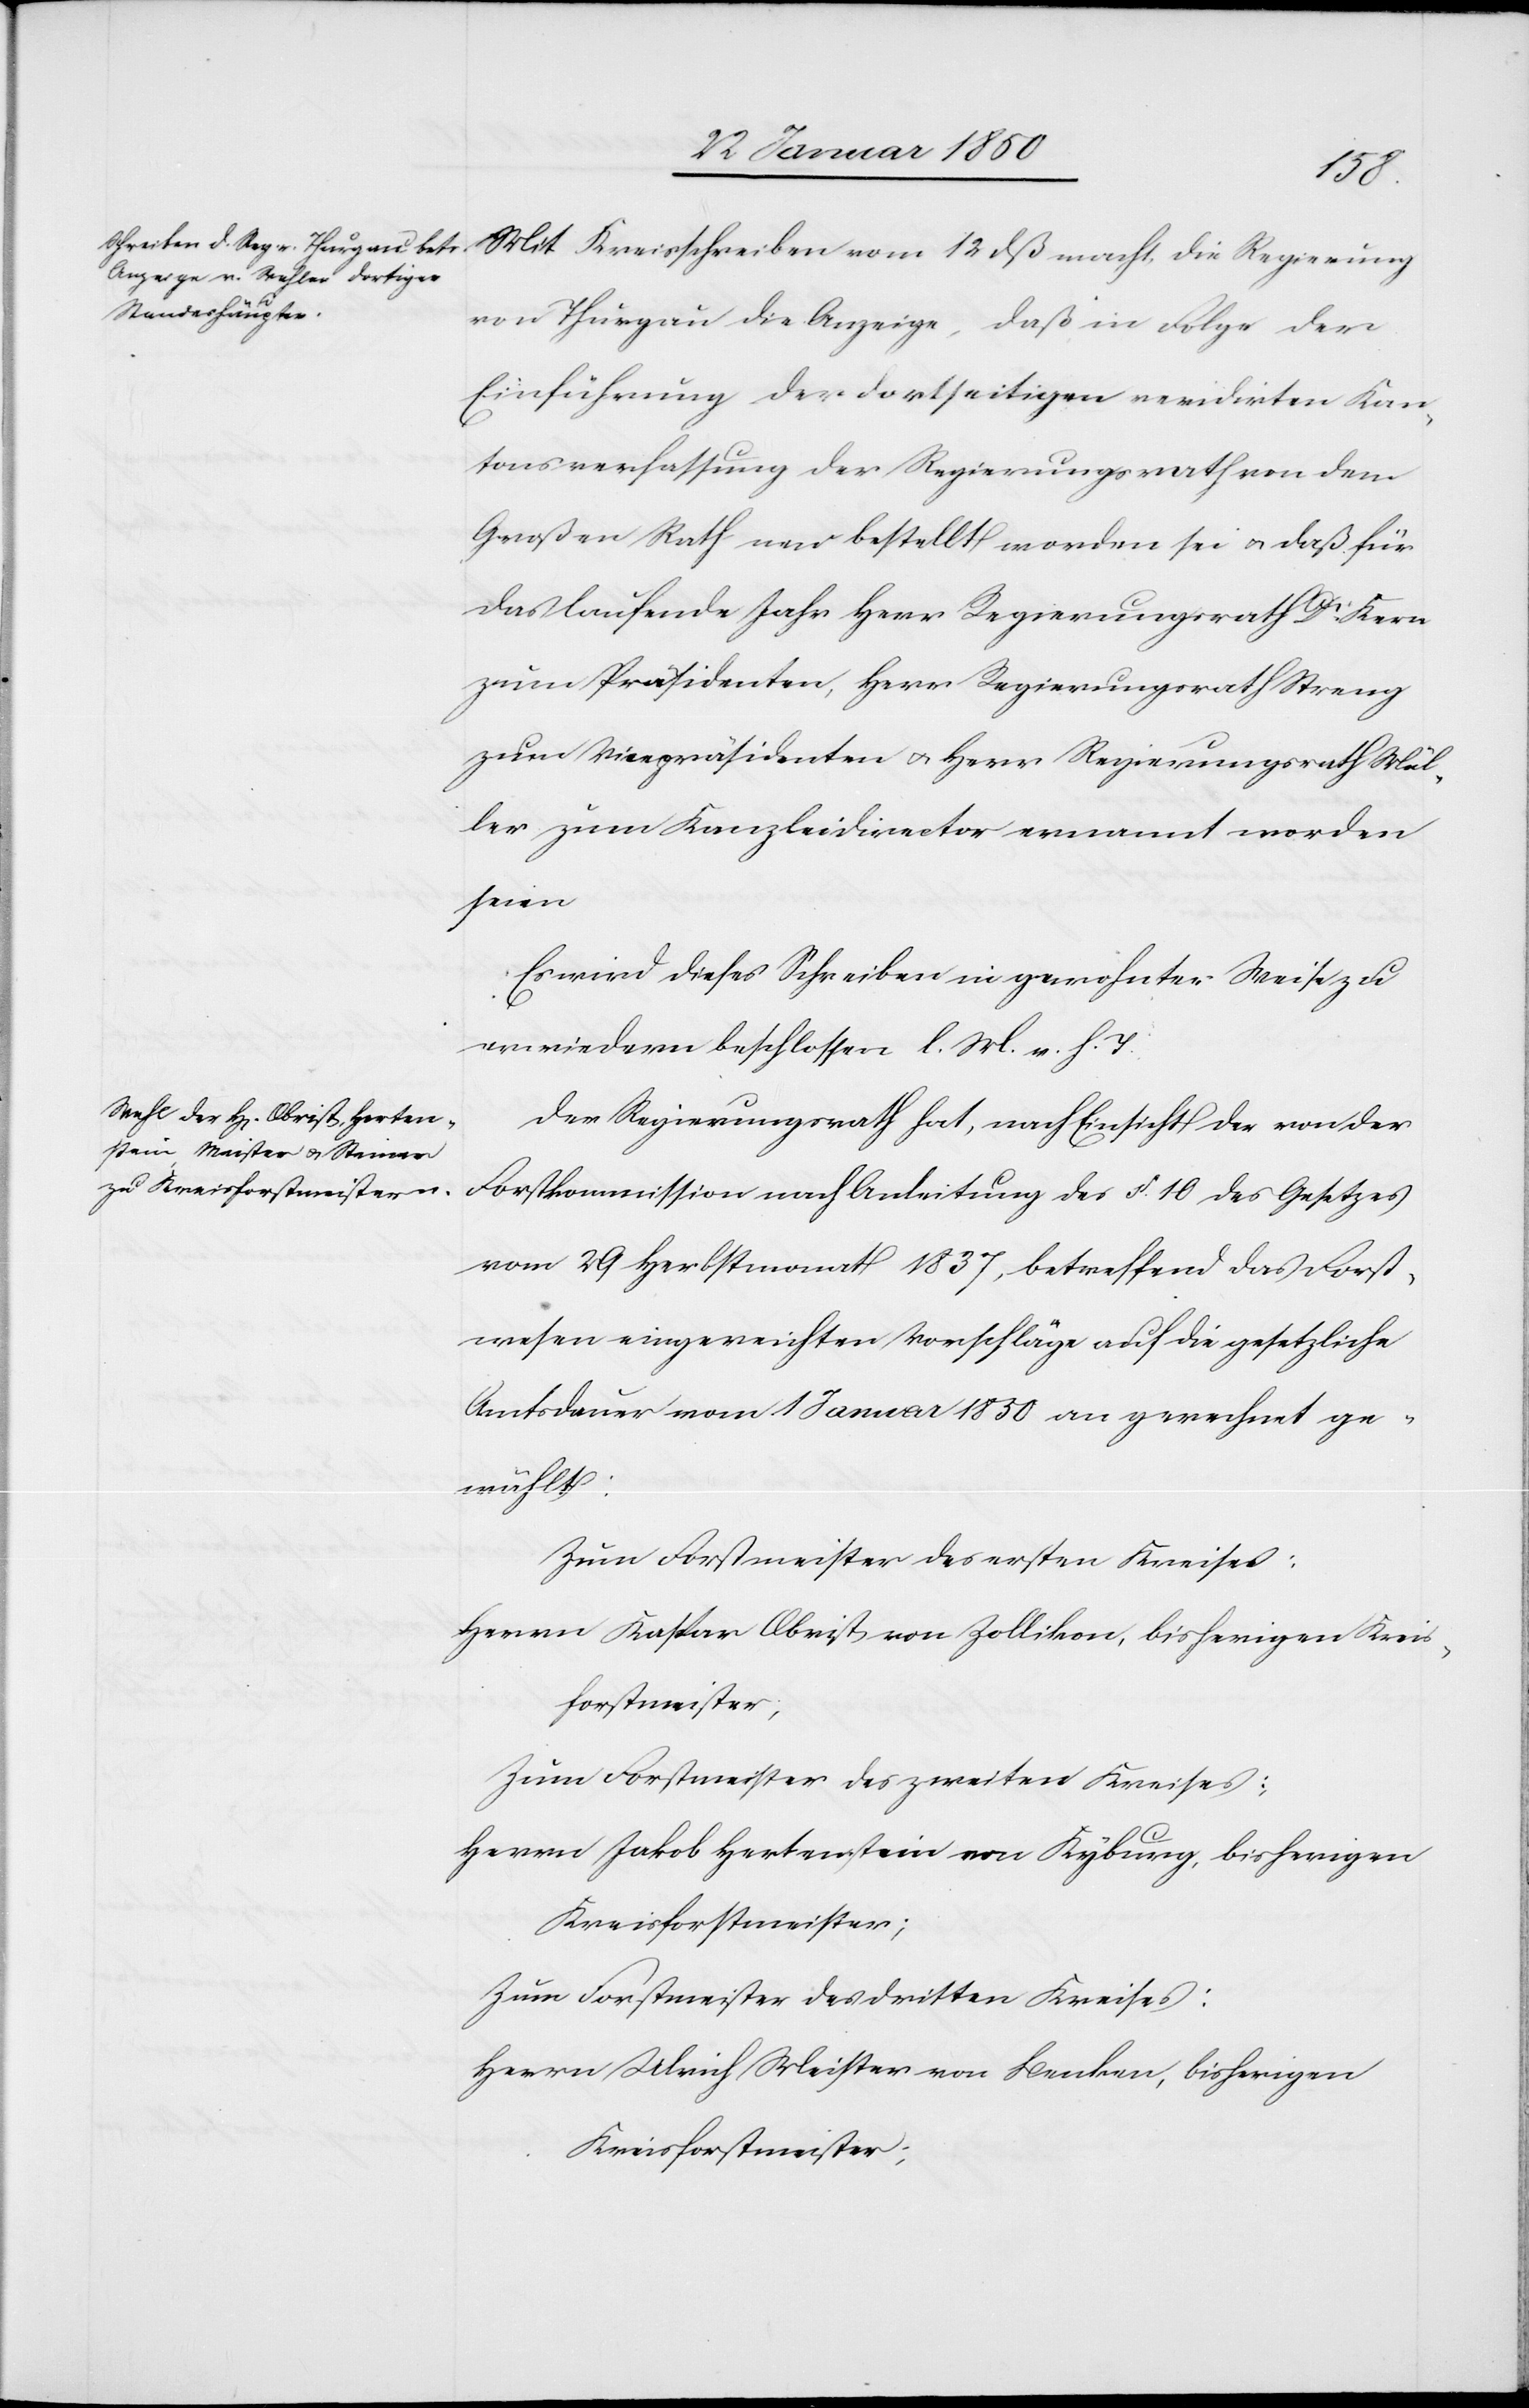
Mit Kreisschreiben vom 12 dß macht die Regierung
von Thurgau die Anzeige, daß in Folge der
Einführung der dortseitigen revidirten Kan¬
tonsverfassung der Regierungsrath von dem
Großen Rath neu bestellt worden sei u. daß für
das laufende Jahr Herr Regierungsrath Dr Kern
zum Präsidenten, Herr Regierungsrath Streng
zum Vicepräsidenten u. Herr Regierungsrath Mül¬
ler zum Kanzleidirector ernannt worden
seien.
Es wird dieses Schreiben in gewohnter Weise zu
erwiedern beschlossen l. M. v. h. T.
Der Regierungsrath hat, nach Einsicht der von der
Forstkommission nach Anleitung des §. 10 des Gesetzes
vom 29 Herbstmonath 1837, betreffend das Forst¬
wesen eingereichten Vorschläge auf die gesetzliche
Amtsdauer vom 1 Januar 1850 an gerechnet ge¬
wählt:
Zum Forstmeister des ersten Kreises:
Herrn Kaspar Obrist von Zollikon, bisherigen Kreis¬
forstmeister;
Zum Forstmeister des zweiten Kreises:
Herrn Jakob Hertenstein von Kyburg, bisherigen
Kreisforstmeister;
Zum Forstmeister des dritten Kreises:
Herrn Ulrich Meister von Benken, bisherigen
Kreisforstmeister;